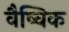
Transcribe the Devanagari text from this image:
वैष्विक